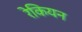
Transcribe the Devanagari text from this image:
रेकियन